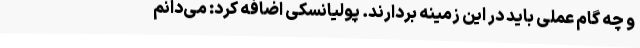
و چه گام عملی باید در این زمینه بردارند. پولیانسکی اضافه کرد: می‌دانم